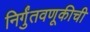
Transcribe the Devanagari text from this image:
निर्गुंतवणूकीची